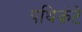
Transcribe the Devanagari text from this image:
पथिकंटे